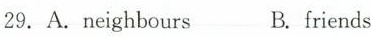
29.A.neighbours B.friends